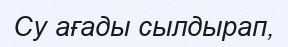
Су ағады сылдырап,